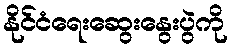
နိုင်ငံရေးဆွေးနွေးပွဲကို